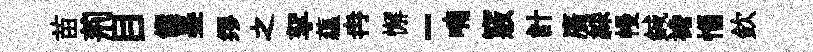
苗荊目饌墨缪之挐蘊冉懈-喃竅計廣綵幔鍼襜惱欽